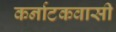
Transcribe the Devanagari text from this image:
कर्नाटकवासी